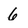
Character: 6